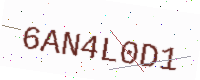
Text: 6AN4L0D1